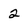
Character: 2